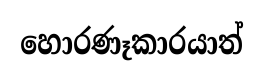
හොරණෑකාරයාත්